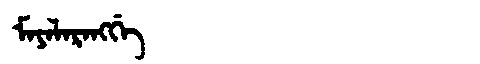
Manchu: ᠮᠠᠶᠠᠯᠠᡵᠠᠩᡤᡝ
Romanization: MAYALARANGGE